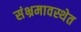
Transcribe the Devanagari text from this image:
संभ्रमावस्थेत